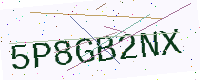
Text: 5P8GB2NX